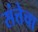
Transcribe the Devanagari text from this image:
संत्तेचा